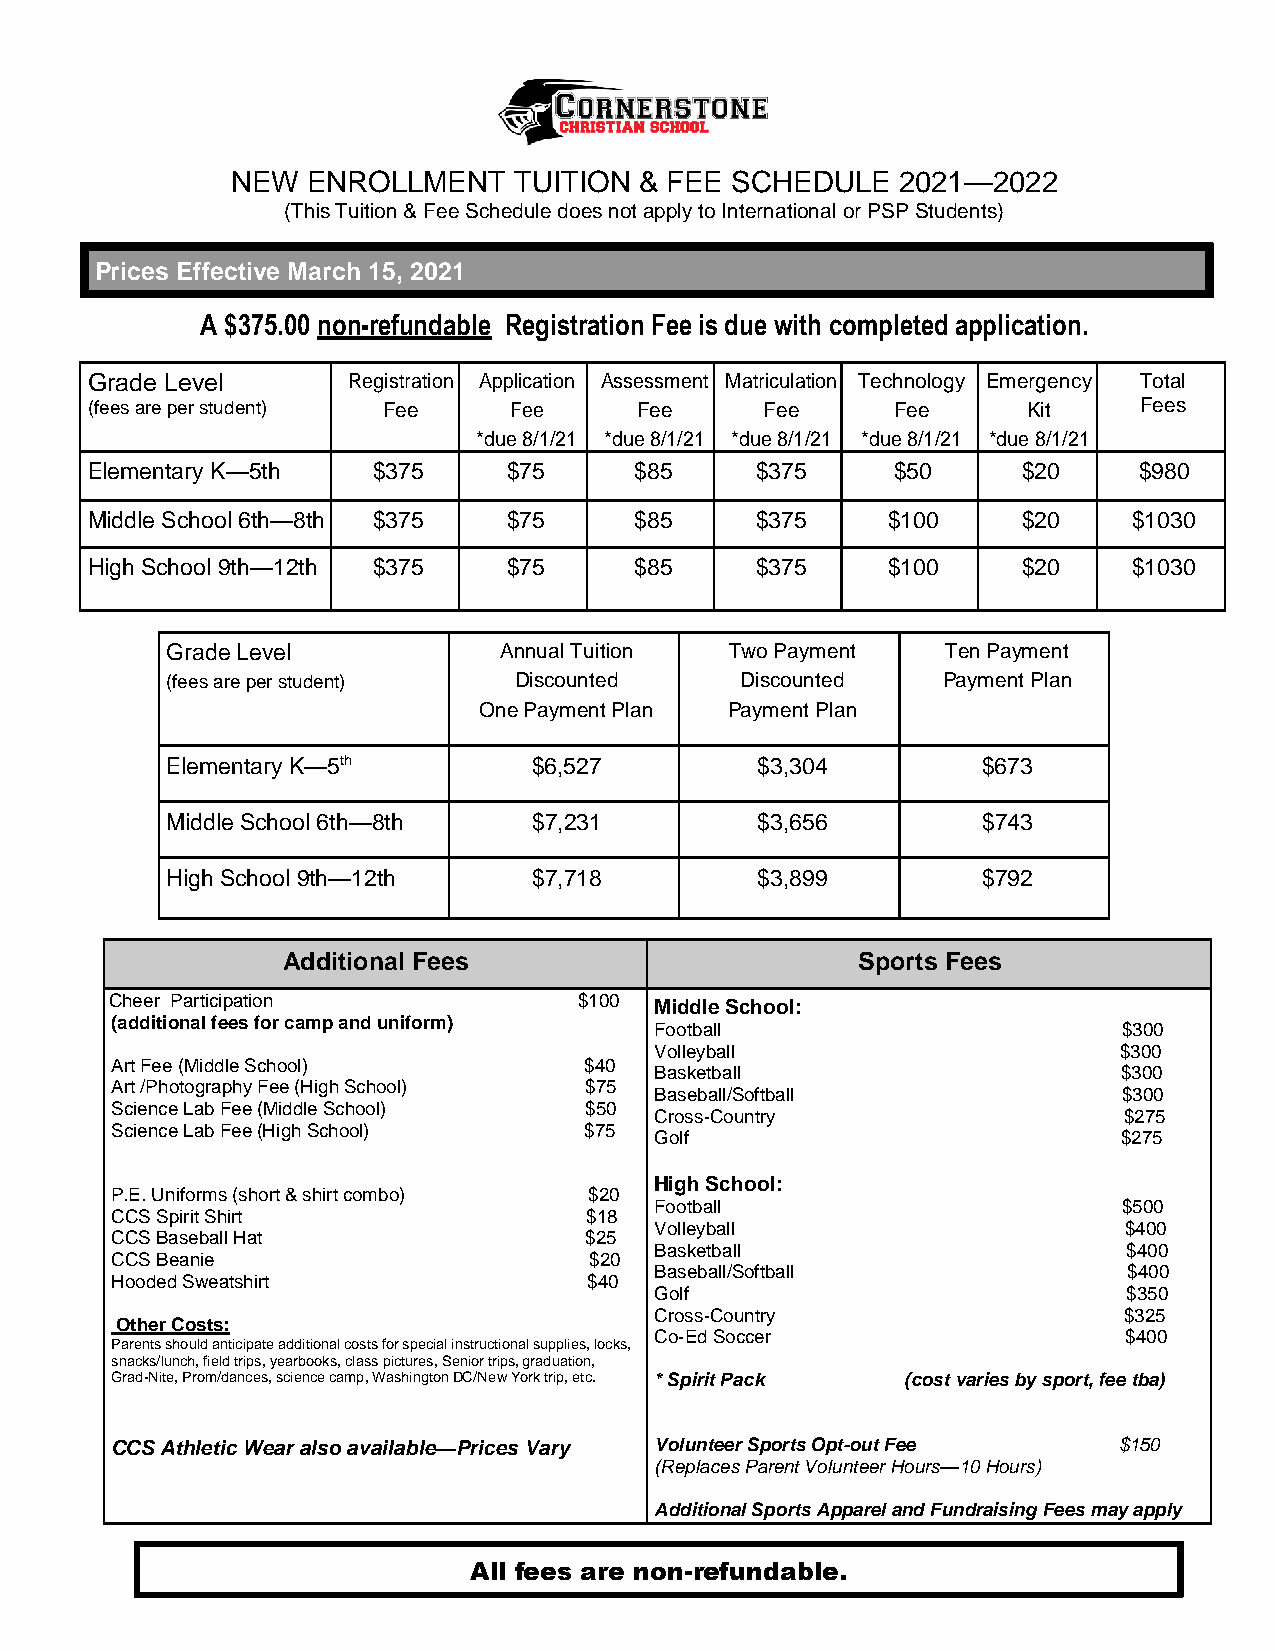
NEW  ENROLLMENT    TUITION & FEE SCHEDULE    2021—2022
 (This Tuition & Fee Schedule does not apply to International or PSP Students)
 Prices Effective March 15, 2021
 A $375.00 non-refundable Registration Fee is due with completed application.
 Grade Level      Registration Application Assessment Matriculation Technology Emergency Total
 (fees are per student) Fee  Fee     Fee      Fee     Fee      Kit    Fees
 *due 8/1/21 *due 8/1/21 *due 8/1/21 *due 8/1/21 *due 8/1/21
 Elementary K—5th   $375     $75     $85     $375     $50      $20    $980
 Middle School 6th—8th $375  $75     $85     $375     $100     $20    $1030
 High School 9th—12th $375   $75     $85     $375     $100     $20    $1030
 Grade Level           Annual Tuition Two Payment    Ten Payment
 (fees are per student) Discounted     Discounted   Payment Plan
 One Payment Plan Payment Plan
 Elementary K—5th        $6,527         $3,304         $673
 Middle School 6th—8th   $7,231         $3,656         $743
 High School 9th—12th    $7,718         $3,899         $792
 Additional Fees                       Sports Fees
 Cheer Participation            $100 Middle School:
 (additional fees for camp and uniform)
 Football                       $300
 Volleyball                     $300
 Art Fee (Middle School)         $40
 Basketball                     $300
 Art /Photography Fee (High School) $75
 Baseball/Softball              $300
 Science Lab Fee (Middle School) $50
 Cross-Country                  $275
 Science Lab Fee (High School)   $75
 Golf                           $275
 High School:
 P.E. Uniforms (short & shirt combo) $20
 Football                       $500
 CCS Spirit Shirt                $18
 Volleyball                     $400
 CCS Baseball Hat                $25
 Basketball                      $400
 CCS Beanie                      $20
 Baseball/Softball               $400
 Hooded Sweatshirt               $40
 Golf                            $350
 Cross-Country                  $325
 Other Costs:
 Co-Ed Soccer                   $400
 Parents should anticipate additional costs for special instructional supplies, locks,
 snacks/lunch, field trips, yearbooks, class pictures, Senior trips, graduation,
 Grad-Nite, Prom/dances, science camp, Washington DC/New York trip, etc. * Spirit Pack (cost varies by sport, fee tba)
 CCS Athletic Wear also available—Prices Vary Volunteer Sports Opt-out Fee $150
 (Replaces Parent Volunteer Hours—10 Hours)
 Additional Sports Apparel and Fundraising Fees may apply
 All fees are non-refundable.